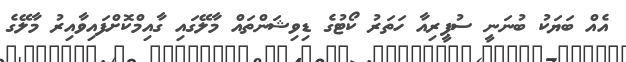
އެއް ބަޔަކު ބުނަނީ ސުޕީރިއާ ހަތަރު ކޯޓުގެ ޑިވިޝަންތައް މާލޭގައި ގާއިމްކޮށްފައިވާއިރު މާލޭގެ